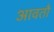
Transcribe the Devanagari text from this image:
आवतौ